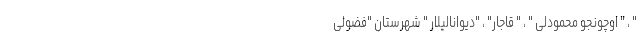
" ، " اوچونجو محمودلی " ، " قاجار" ، "دیوانالیلار " شهرستان "فضولی